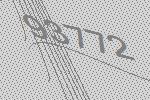
93772